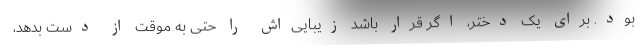
بود. برای یک دختر، اگر قرار باشد زیبایی‌اش را حتی به موقت از دست بدهد،